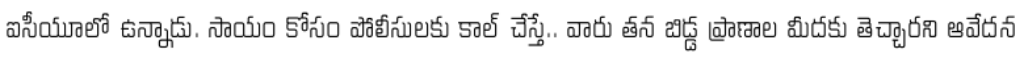
ఐసీయూలో ఉన్నాడు. సాయం కోసం పోలీసులకు కాల్ చేస్తే.. వారు తన బిడ్డ ప్రాణాల మీదకు తెచ్చారని ఆవేదన